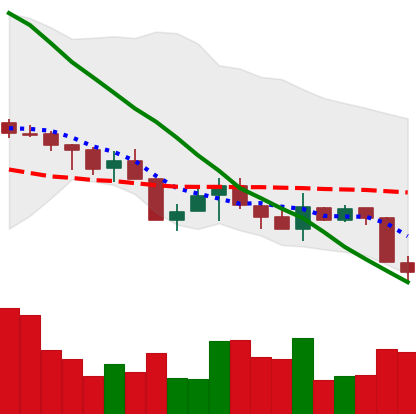
Ticker: XMR-USD
Chart end date: 2018-05-23
Forward return: -12.58%
Label: down_7plus